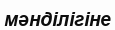
мәнділігіне